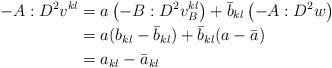
LaTeX: \begin{align*}-A:D^2 v^{kl} &= a\left(-B:D^2 v^{kl}_B\right) +\bar{b}_{kl} \left(- A:D^2 w\right) \\ &= a(b_{kl} - \bar{b}_{kl}) + \bar{b}_{kl}(a-\bar{a}) \\ &= a_{kl} - \bar{a}_{kl}\end{align*}